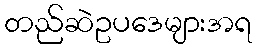
တည်ဆဲဥပဒေများအရ